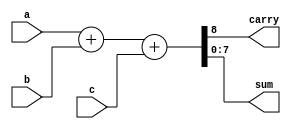
//Version: 1.0

`timescale 1ns/1ns

module full_adder #(parameter n = 8)
					(input [n-1:0] a, b,
					input c,
					output reg carry,
					output reg [n-1:0] sum);
  
  always@(*)
	{carry, sum} = a+b+c;
endmodule